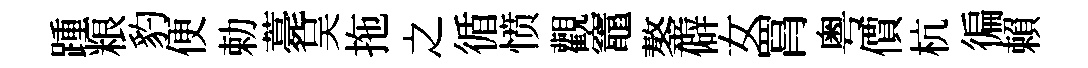
踵粮豹便勅薧吴拖之循愤觀竈鏊僻女罥粤價杭徧賴